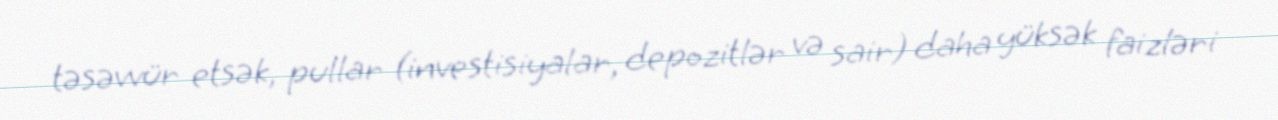
təsəvvür etsək, pullar (investisiyalar, depozitlər və sair) daha yüksək faizləri